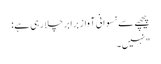
پیچھے سے نسوانی آواز برابر چلا رہی ہے:
"نہیں۔